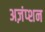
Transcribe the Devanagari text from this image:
अज़ंप्शन